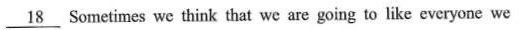
\underline{18} Sometimes we think that we are going to like everyone we